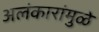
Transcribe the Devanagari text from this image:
अलंकारांमुळे